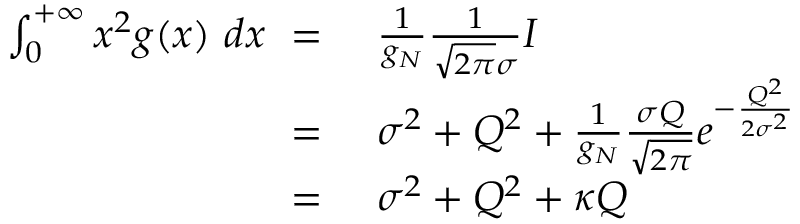
\begin{array} { r l } { \int _ { 0 } ^ { + \infty } x ^ { 2 } g ( x ) \ d x \ = \ } & { { } \frac { 1 } { g _ { N } } \frac { 1 } { \sqrt { 2 \pi } \sigma } I \ } \\ { \ = \ } & { { } \sigma ^ { 2 } + Q ^ { 2 } + \frac { 1 } { g _ { N } } \frac { \sigma Q } { \sqrt { 2 \pi } } e ^ { - \frac { Q ^ { 2 } } { 2 \sigma ^ { 2 } } } } \\ { \ = \ } & { { } \sigma ^ { 2 } + Q ^ { 2 } + \kappa Q } \end{array}